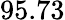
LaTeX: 95.73